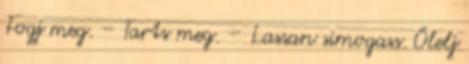
Fogj meg. – Tarts meg. – Lassan simogass. Ölelj